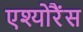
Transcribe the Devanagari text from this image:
एश्योरैंस